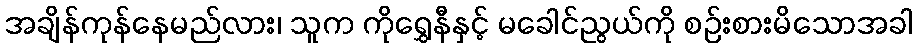
အချိန်ကုန်နေမည်လား၊ သူက ကိုရွှေနီနှင့် မခေါင်ညွယ်ကို စဉ်းစားမိသောအခါ